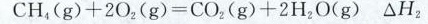
$$C H _ { 4 } ( g ) + 2 O _ { 2 } ( g ) = C O _ { 2 } ( g ) + 2 H _ { 2 } O ( g ) △ H _ { 2 }$$